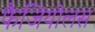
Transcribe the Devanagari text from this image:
फैजियोलस